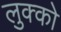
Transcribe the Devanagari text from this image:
लुक्को